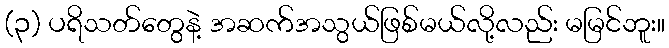
(၃) ပရိသတ်တွေနဲ့ အဆက်အသွယ်ဖြစ်မယ်လို့လည်း မမြင်ဘူး။